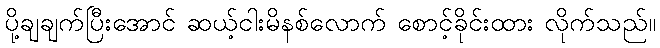
ပို့ချချက်ပြီးအောင် ဆယ့်ငါးမိနစ်လောက် စောင့်ခိုင်းထား လိုက်သည်။